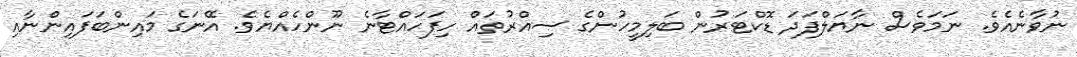
ނުވާނެއެވެ. ނަމަވެސް ނާޔަލްފަދަ ޑޮކްޓަރުން ބަލިމީހުންގެ ސިއްރުތައް ހިފަހައްޓާނެ ނޫންހެއްޔެވެ. އޭނަގެ މައިންބަފައިންނާއި